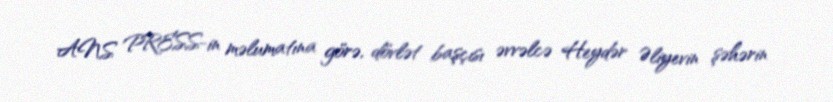
ANS PRESS-in məlumatına görə, dövlət başçısı əvvəlcə Heydər Əliyevin şəhərin